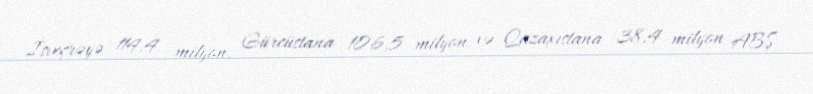
İsveçrəyə 114,4 milyon, Gürcüstana 106,5 milyon və Qazaxıstana 38,4 milyon ABŞ